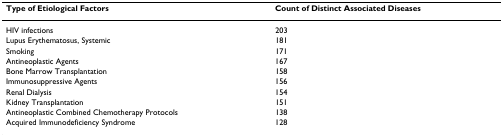
<table><thead><tr><td><b>Type of Etiological Factors</b></td><td><b>Count of Distinct Associated Diseases</b></td></tr></thead><tbody><tr><td>HIV infections</td><td>203</td></tr><tr><td>Lupus Erythematosus, Systemic</td><td>181</td></tr><tr><td>Smoking</td><td>171</td></tr><tr><td>Antineoplastic Agents</td><td>167</td></tr><tr><td>Bone Marrow Transplantation</td><td>158</td></tr><tr><td>Immunosuppressive Agents</td><td>156</td></tr><tr><td>Renal Dialysis</td><td>154</td></tr><tr><td>Kidney Transplantation</td><td>151</td></tr><tr><td>Antineoplastic Combined Chemotherapy Protocols</td><td>138</td></tr><tr><td>Acquired Immunodeficiency Syndrome</td><td>128</td></tr></tbody></table>